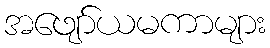
အဖျော်ယမကာများ